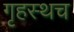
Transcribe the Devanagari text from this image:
गृहस्थच